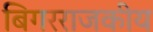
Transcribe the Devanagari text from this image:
बिगरराजकीय